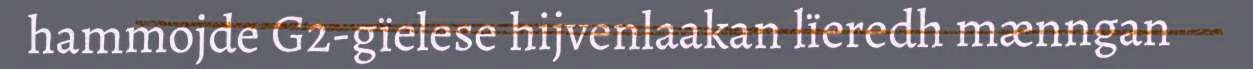
hammojde G2-gïelese hijvenlaakan lïeredh mænngan